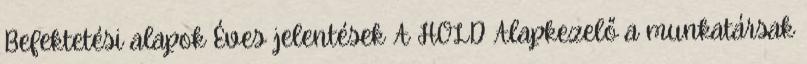
Befektetési alapok Éves jelentések A HOLD Alapkezelő a munkatársak